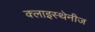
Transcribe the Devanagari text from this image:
क्लाइस्थेनीज